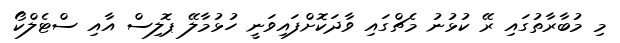
މި މުބާރާާތުގައި ރޭ ކުޅުނު މެޗްގައި ވާދަކޮށްފައިވަނީ ހުޅުމާލޭ ޕޮލިސް އާއި ސްޓެލްކޯ